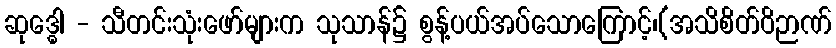
ဆုဒ္ဓေါ - သီတင်းသုံးဖော်များက သုသာန်၌ စွန့်ပယ်အပ်သောကြောင့်၊(အသိစိတ်ဝိဉာဏ်